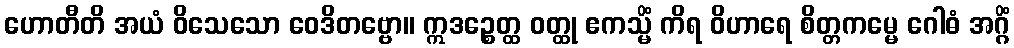
ဟောတီတိ အယံ ဝိသေသော ဝေဒိတဗ္ဗော။ ဣဒဉ္စေတ္ထ ဝတ္ထု ဧကသ္မိံ ကိရ ဝိဟာရေ စိတ္တကမ္မေ ဂေါဓံ အဂ္ဂိံ